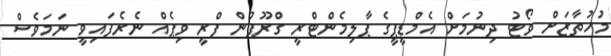
މުހުތާޒަށް ވޯޓު ދިނުމަށް އެމްޑީޕީގެ ޕާލިމެންޓްރީ ގްރޫޕުން ފްރީ ވިޕެއް ނެރެފައިވީ ނަމަވެސް